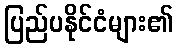
ပြည်ပနိုင်ငံများ၏